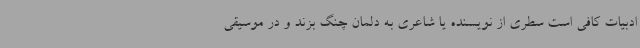
ادبیات کافی است سطری از نویسنده یا شاعری به دلمان چنگ بزند و در موسیقی